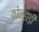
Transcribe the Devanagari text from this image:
कोन्हाड़ी